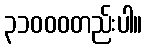
၃၁၀၀၀တည်းပါ။